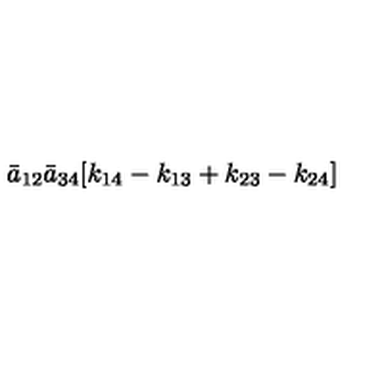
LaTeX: { \bar { a } } _ { 1 2 } { \bar { a } } _ { 3 4 } [ k _ { 1 4 } - k _ { 1 3 } + k _ { 2 3 } - k _ { 2 4 } ]